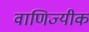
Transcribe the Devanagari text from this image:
वाणिज्यीक